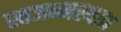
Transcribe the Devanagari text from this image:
स्वजन्मस्थान